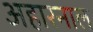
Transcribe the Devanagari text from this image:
अहारनाल